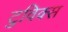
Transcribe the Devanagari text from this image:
टुविक्स